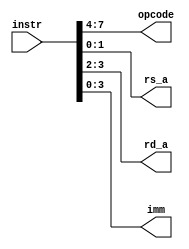
// Copyright 2021 cpu-dev
//
// Licensed under the Apache License, Version 2.0 (the "License");
// you may not use this file except in compliance with the License.
// You may obtain a copy of the License at
//
//      http://www.apache.org/licenses/LICENSE-2.0
//
// Unless required by applicable law or agreed to in writing, software
// distributed under the License is distributed on an "AS IS" BASIS,
// WITHOUT WARRANTIES OR CONDITIONS OF ANY KIND, either express or implied.
// See the License for the specific language governing permissions and
// limitations under the License.

module decoder(instr, opcode, rs_a, rd_a, imm);
    input [7:0] instr;
    output [3:0] opcode;
    output [1:0] rs_a, rd_a;
    output [3:0] imm;

    assign opcode = instr[7:4];
    assign rd_a = instr[3:2];
    assign rs_a = instr[1:0];
    assign imm = instr[3:0];
endmodule